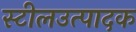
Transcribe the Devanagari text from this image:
स्टीलउत्पादक